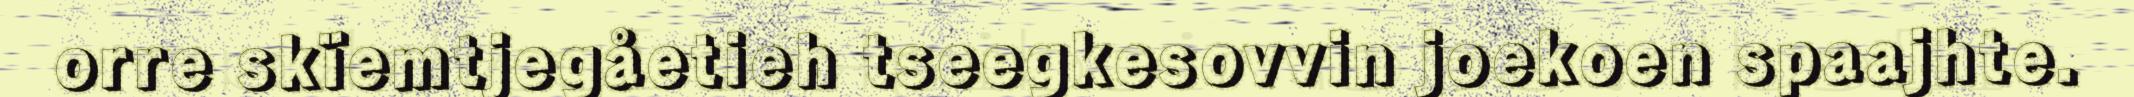
orre skïemtjegåetieh tseegkesovvin joekoen spaajhte.